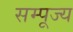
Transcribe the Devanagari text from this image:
सम्पूज्य